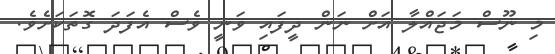
މި ނޫސް މަޖައްލާ އަށް ނަން ދީފައި ވަނީ ވެސް އެފަދަ ގޮތަކަށެވެ.